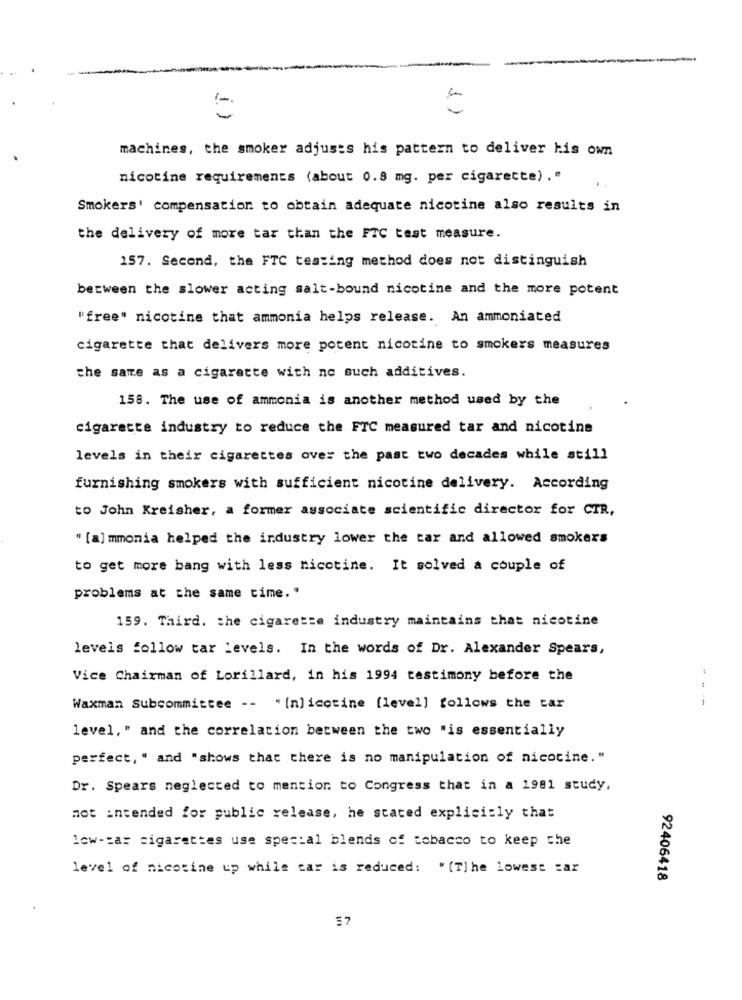
1 )
i )
machines, the smoker adjusts his pattern to deliver his own
nicotine requirements (about 0.8 mg. per cigarette)."
Smokers' compensation to obtain adequate nicotine also results in
the delivery of more tar than the FTC test measure.
157. Second, the FTC testing method does not distinguish
between the slower acting salt-bound nicotine and the more potent
"free" nicotine that ammonia helps release. An ammoniated
cigarette that delivers more potent nicotine to smokers measures
the same as a cigarette with no such additives.
158. The use of ammonia is another method used by the
cigarette industry to reduce the FTC measured tar and nicotine
levels in their cigarettes over the past two decades while still
furnishing smokers with sufficient nicotine delivery. According
to John Kreisher, a former associate scientific director for CTR,
" [a] mmonia helped the industry lower the tar and allowed smokers
to get more bang with less nicotine. It solved a couple of
problems at the same time."
159. Third. the cigarette industry maintains that nicotine
levels follow tar Levels. In the words of Dr. Alexander Spears,
Vice Chairman of Lorillard, in his 1994 testimony before the
Waxman Subcommittee -- " [n] icctine [level] follows the car
level," and the correlation between the two "is essentially
perfect, " and "shows that there is no manipulation of nicotine."
Dr. Spears neglected to mention to Congress that in a 1981 study,
not intended for public release, he stated explicitly that
lew-car cigarettes use special blends of tobacco to keep the
level of nicotine up while car is reduced: "[T]he lowest sar
92406418
$7